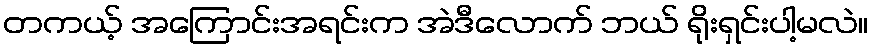
တကယ့် အကြောင်းအရင်းက အဲဒီလောက် ဘယ် ရိုးရှင်းပါ့မလဲ။